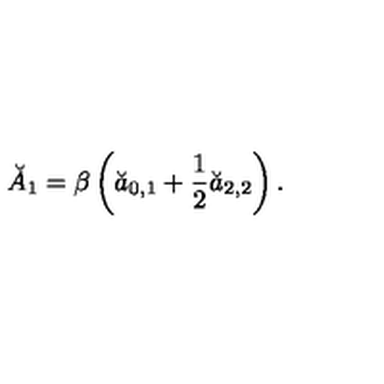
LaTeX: \breve { A } _ { 1 } = \beta \left( \breve { a } _ { 0 , 1 } + \frac 1 2 \breve { a } _ { 2 , 2 } \right) .